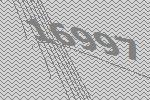
16997